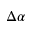
\Delta \alpha